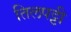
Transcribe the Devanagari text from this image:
तिलपट्टी